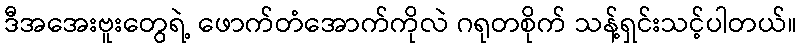
ဒီအအေးဗူးတွေရဲ့ ဖောက်တံအောက်ကိုလဲ ဂရုတစိုက် သန့်ရှင်းသင့်ပါတယ်။